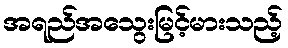
အရည်အသွေးမြင့်မားသည့်